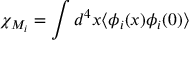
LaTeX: \chi _ { M _ { i } } = \int d ^ { 4 } x \langle \phi _ { i } ( x ) \phi _ { i } ( 0 ) \rangle